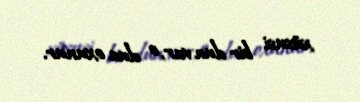
xüsusi bir dua var, o dua oxunur.